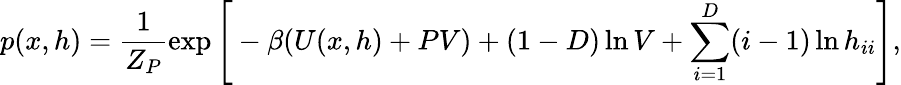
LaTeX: p(x,h)=\frac{1}{Z_{P}}\exp\Bigg[-\beta(U(x,h)+PV)+(1-D)\ln{V}+\sum_{i=1}^{D}(i-1)\ln{h_{ii}}\Bigg],